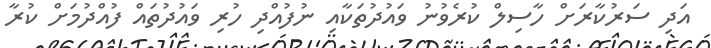
އަދި ސަރުކާރަށް ހާސިލް ކުރެވުނު ވައުދުތަކާއި ނުފުއްދި ހުރި ވައުދުތައް ފުއްދުމަށް ކުރާ